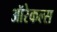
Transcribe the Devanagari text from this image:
ऑरेकल्स